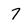
Character: 7